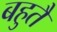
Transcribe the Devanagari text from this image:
बहुतै